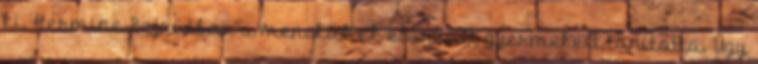
ki. Hermine Bejrútban a menekültek elárvult gyermekeit tanította. Úgy